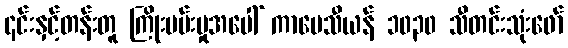
၎င်းနှင့်တန်းတူ ကြိုးပမ်းမှုအပေါ် ကာပေသီယန် ၁၀၃၀ သီတင်းသုံးဖော်